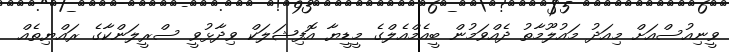
ވީނިއުސްއަށް މިއަދު މައުލޫމާތު ދެއްވަމުން ބީއެމްއެލްގެ މީޑީޔާ އޮފިޝަލަކް ވިދާޅުވީ ސްރީލަންކާގެ ރައްޔިތެއް